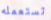
تستعمله